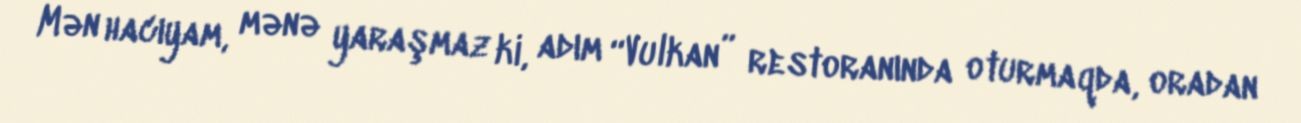
Mən hacıyam, mənə yaraşmaz ki, adım “Vulkan” restoranında oturmaqda, oradan